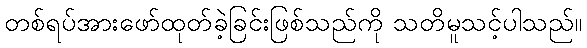
တစ်ရပ်အားဖော်ထုတ်ခဲ့ခြင်းဖြစ်သည်ကို သတိမူသင့်ပါသည်။